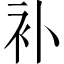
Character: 补